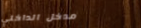
مدخل الداخلي